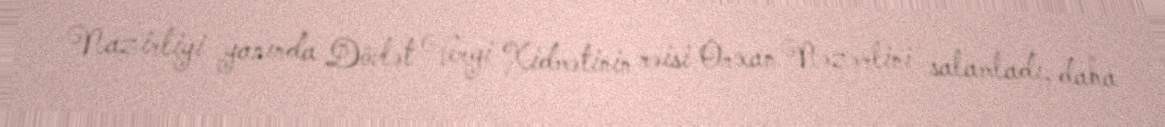
Nazirliyi yanında Dövlət Vergi Xidmətinin rəisi Orxan Nəzərlini salamladı, daha